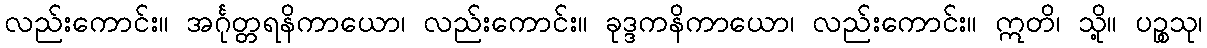
လည်းကောင်း။ အင်္ဂုတ္တရနိကာယော၊ လည်းကောင်း။ ခုဒ္ဒကနိကာယော၊ လည်းကောင်း။ ဣတိ၊ သို့။ ပဉ္စသု၊